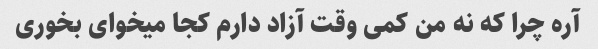
آره چرا که نه من کمی وقت آزاد دارم کجا میخوای بخوری